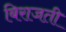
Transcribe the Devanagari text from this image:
बिराजती